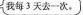
我每3天去一次。